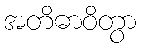
အတိဓာဝိတွာ